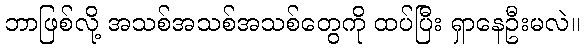
ဘာဖြစ်လို့ အသစ်အသစ်အသစ်တွေကို ထပ်ပြီး ရှာနေဦးမလဲ။